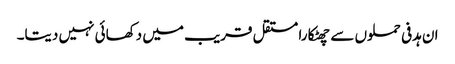
ان ہدفی حملوں سے چھٹکارا مستقل قریب میں دکھائی نہیں دیتا۔